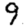
Digit: 9